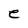
Character: e